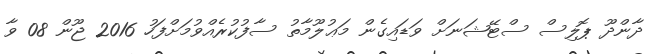
ދާންދޫ ޕޮލިސް ސްޓޭޝަނަށް ވަޑައިގެން މަޢުލޫމާތު ސާފުކުރެއްވުމަށްފަހު 2016 ޖޫން 08 ވާ